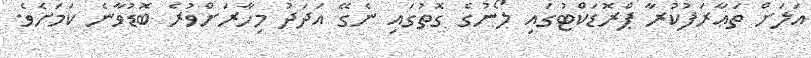
އަލަށް ތަޢާރަފުކުރާ ޕްރޮޑަކްޓުގައި ލޯނުގެ ގޮތުގައި ނެގޭ އަދަދު މިހާރަށްވުރެ ބޮޑުވާނެ ކަމަށެވެ.